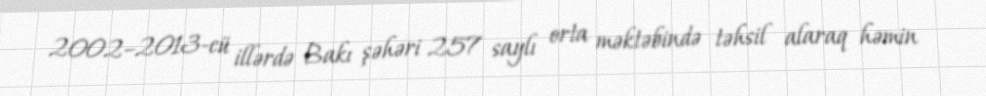
2002–2013-cü illərdə Bakı şəhəri 257 saylı orta məktəbində təhsil alaraq həmin